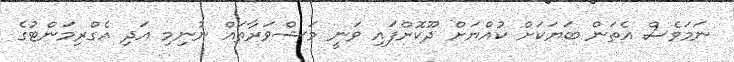
ނަމަވެސް އެތަން ބަޔަކަށް ކުއްޔަށް ދޫކޮށްފައި ވަނީ މަޝްވަރާތައް ނުނިމި އަދި އެގްރިމަންޓުގެ